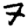
Digit: 7